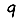
Digit: 9